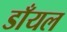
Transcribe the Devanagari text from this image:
डाँयल